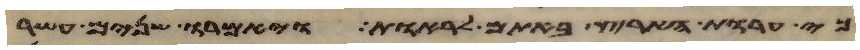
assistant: כי ערות הארץ באתם לראות ויאמרו שנים עשר